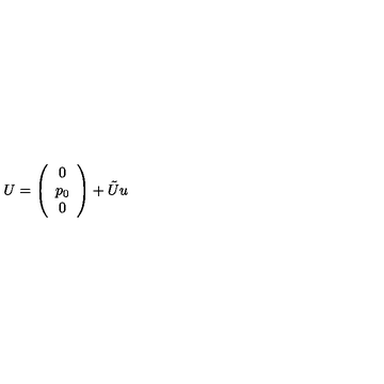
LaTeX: U = \left( \begin{array} { c } { 0 } \\ { p _ { 0 } } \\ { 0 } \\ \end{array} \right) + \tilde { U } u